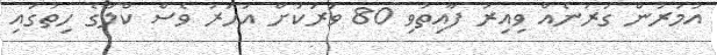
އުމުރުން ގަރުނެއް ވިއިރު ފާއިތުވި 80 ވަރަކަށް އަހަރު ވެސް ކްލާގެ ހިތުގައި